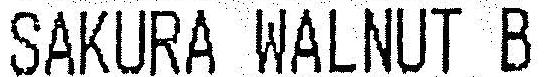
SAKURA WALNUT B